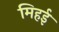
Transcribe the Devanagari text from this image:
मिहई